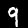
Digit: 9